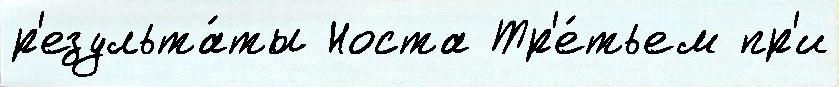
р'езульта́ты Носта Тр'е́тьем пр'и